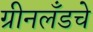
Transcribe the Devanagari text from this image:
ग्रीनलँडचे